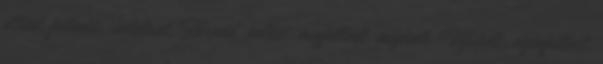
eltünt, fulladás, haláleset, Hernád, holtest, megfulladt, meghalt, Miskolc, vízbefulladt,